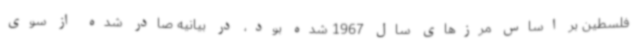
فلسطین بر اساس مرزهای سال 1967 شده بود، در بیانیه صادر شده از سوی